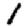
Digit: 1